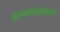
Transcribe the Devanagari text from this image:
इतरांसारखाच